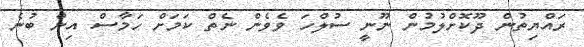
ރައްޔިތުން ދޫކޮށްލުމުން ނޫނީ ސުލްހަ ވެވެން ނެތް ކަމަށް ހަމާސް އިން ބުނެ